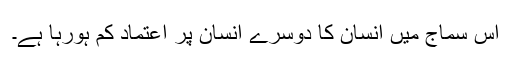
اس سماج میں انسان کا دوسرے انسان پر اعتماد کم ہورہا ہے۔